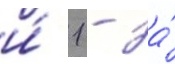
и́ 1 - за́